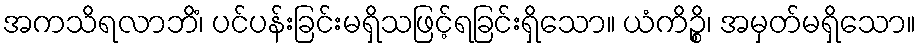
အကသိရလာဘိံ၊ ပင်ပန်းခြင်းမရှိသဖြင့်ရခြင်းရှိသော။ ယံကိဉ္စိ၊ အမှတ်မရှိသော။